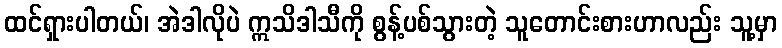
ထင်ရှားပါတယ်၊ အဲဒါလိုပဲ ဣသိဒါသီကို စွန့်ပစ်သွားတဲ့ သူတောင်းစားဟာလည်း သူ့မှာ